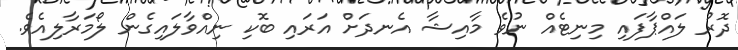
ދޮރު ލައްޕާފައި މިނިޓެއް ނުވެ މާއިޝާ އެނދަށް އަރައި ބޮކި ނިއްވާލައިގެން ލޯމަރާލިއެވެ.